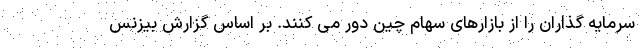
سرمایه گذاران را از بازارهای سهام چین دور می کنند. بر اساس گزارش بیزنس